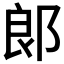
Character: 郞